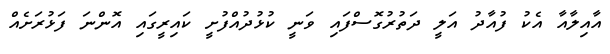
އާއިލާއާ އެކު ފުއާދު އަލީ ދަތުރުގޮސްފައި ވަނީ ކުޅުދުއްފުށީ ކައިރީގައި އޮންނަ ފަޅުރަށެއް